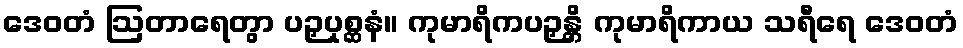
ဒေဝတံ ဩတာရေတွာ ပဉှပုစ္ဆနံ။ ကုမာရိကပဉှန္တိ ကုမာရိကာယ သရီရေ ဒေဝတံ